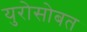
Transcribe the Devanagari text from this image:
युरोसोबत